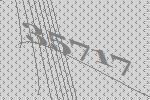
35717